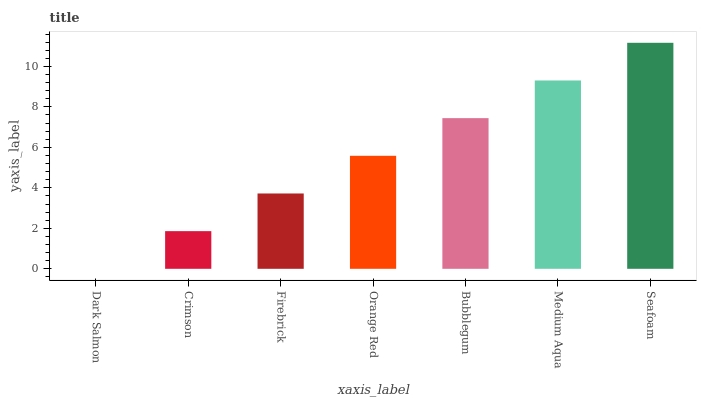
| xaxis_label | bars |
 | --- | --- |
 | Dark Salmon | 0 |
 | Crimson | 1.86 |
 | Firebrick | 3.72 |
 | Orange Red | 5.58 |
 | Bubblegum | 7.44 |
 | Medium Aqua | 9.3 |
 | Seafoam | 11.2 |